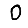
Digit: 0